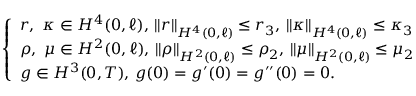
\begin{array} { r } { \left\{ \begin{array} { l l } { r , \ \kappa \in H ^ { 4 } ( 0 , \ell ) , \, \Vert r \Vert _ { H ^ { 4 } ( 0 , \ell ) } \leq r _ { 3 } , \, \Vert \kappa \Vert _ { H ^ { 4 } ( 0 , \ell ) } \leq \kappa _ { 3 } } \\ { \rho , \ \mu \in H ^ { 2 } ( 0 , \ell ) , \, \Vert \rho \Vert _ { H ^ { 2 } ( 0 , \ell ) } \leq \rho _ { 2 } , \, \Vert \mu \Vert _ { H ^ { 2 } ( 0 , \ell ) } \leq \mu _ { 2 } } \\ { g \in H ^ { 3 } ( 0 , T ) , \, g ( 0 ) = g ^ { \prime } ( 0 ) = g ^ { \prime \prime } ( 0 ) = 0 . } \end{array} \right. } \end{array}